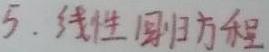
5. 线性回归方程